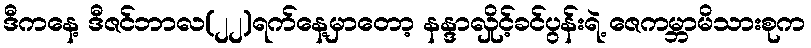
ဒီကနေ့ ဒီဇင်ဘာလ(၂၂)ရက်နေ့မှာတော့ နန္ဒာလှိုင့်ခင်ပွန်းရဲ့ ဇေကမ္ဘာမိသားစုက